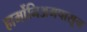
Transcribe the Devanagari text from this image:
हार्मोनिअमपासून